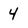
Character: 4